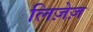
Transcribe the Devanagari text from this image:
लिज़ेज़